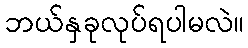
ဘယ်နှခုလုပ်ရပါမလဲ။